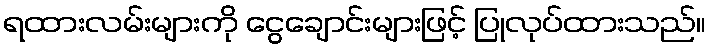
ရထားလမ်းများကို ငွေချောင်းများဖြင့် ပြုလုပ်ထားသည်။